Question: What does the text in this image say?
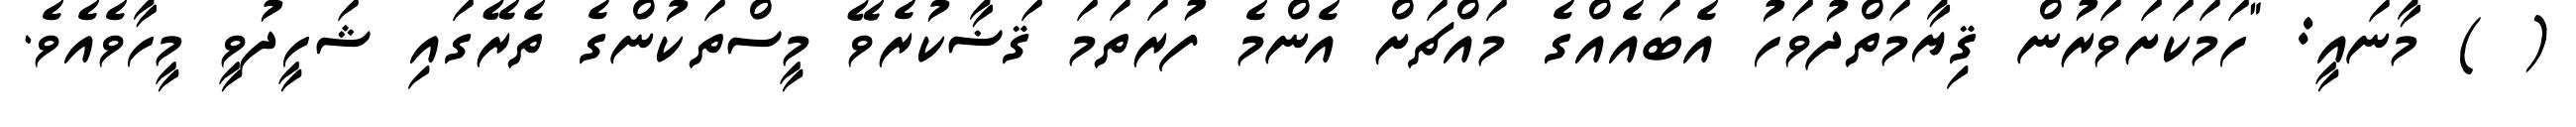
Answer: ( ) މާނައީ: "ހަމަކަށަވަރުން ޤިޔާމަތްދުވަހު އެބައެއްގެ މައްޗަށް އެންމެ ފުރަތަމަ ޤަޟާކުރެވޭ މީސްތަކުންގެ ތެރޭގައި ޝަހީދުވީ މީހާވެއެވެ.